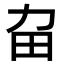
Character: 𤰛